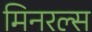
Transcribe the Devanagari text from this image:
मिनरल्‍स